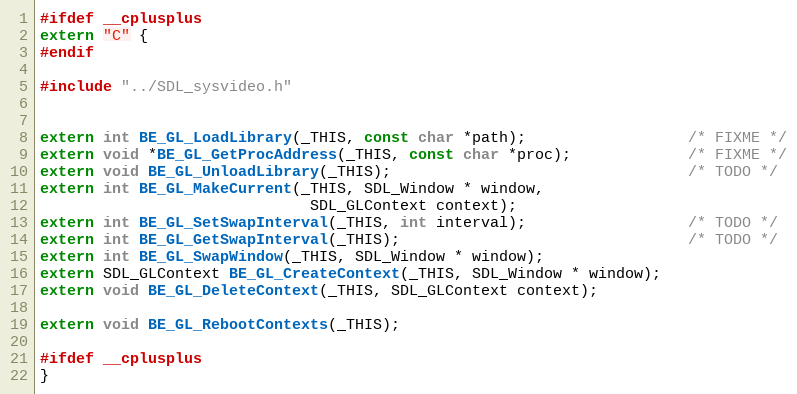
Language: C
#ifdef __cplusplus
extern "C" {
#endif

#include "../SDL_sysvideo.h"

extern int BE_GL_LoadLibrary(_THIS, const char *path);                  /* FIXME */
extern void *BE_GL_GetProcAddress(_THIS, const char *proc);             /* FIXME */
extern void BE_GL_UnloadLibrary(_THIS);                                 /* TODO */
extern int BE_GL_MakeCurrent(_THIS, SDL_Window * window,
                              SDL_GLContext context);
extern int BE_GL_SetSwapInterval(_THIS, int interval);                  /* TODO */
extern int BE_GL_GetSwapInterval(_THIS);                                /* TODO */
extern int BE_GL_SwapWindow(_THIS, SDL_Window * window);
extern SDL_GLContext BE_GL_CreateContext(_THIS, SDL_Window * window);
extern void BE_GL_DeleteContext(_THIS, SDL_GLContext context);

extern void BE_GL_RebootContexts(_THIS);

#ifdef __cplusplus
}